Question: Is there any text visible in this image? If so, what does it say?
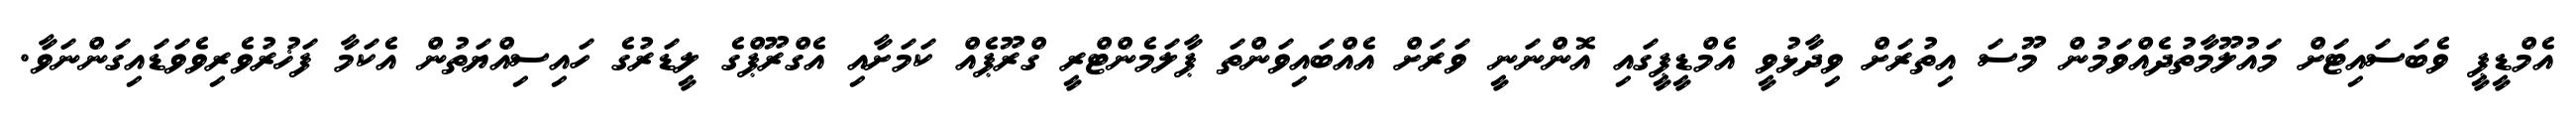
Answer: އެމްޑީޕީ ވެބަސައިޓަށް މައުލޫމާތުދެއްވަމުން މޫސަ އިތުރަށް ވިދާޅުވީ އެމްޑީޕީގައި އޮންނަނީ ވަރަށް އެއްބައިވަންތަ ޕާލަމެންޓްރީ ގްރޫޕެއް ކަމަށާއި އެގްރޫޕްގެ ލީޑަރުގެ ހައިސިއްޔަތުން އެކަމާ ފަޚުރުވެރިވެވަޑައިގަންނަވާ.